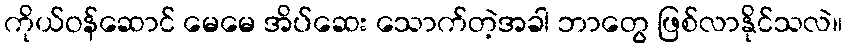
ကိုယ်ဝန်ဆောင် မေမေ အိပ်ဆေး သောက်တဲ့အခါ ဘာတွေ ဖြစ်လာနိုင်သလဲ။